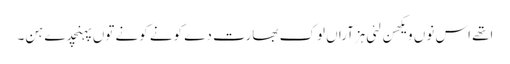
اتھے اس نوں ویکھن لئی ہزآراں لوک بھارت دے کونے کونے توں پہنچدے ہن۔